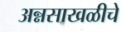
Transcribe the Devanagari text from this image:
अन्नसाखळीचे